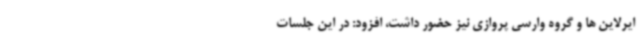
ایرلاین ها و گروه وارسی پروازی نیز حضور داشت، افزود: در این جلسات